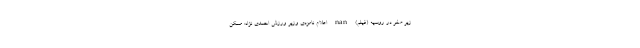
زیر صفر در روسیه (فیلم) nan اعلام نامزدی وزیر ورزش احمدی نژاد: مسکن